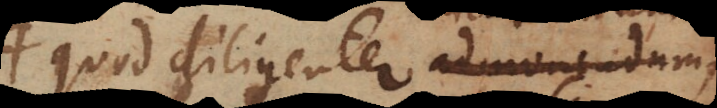
quod diligenter admonendum,,